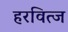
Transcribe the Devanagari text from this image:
हरवित्ज